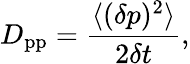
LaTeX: D_{\mathrm{{pp}}}=\frac{\langle(\delta p)^{2}\rangle}{2\delta t},